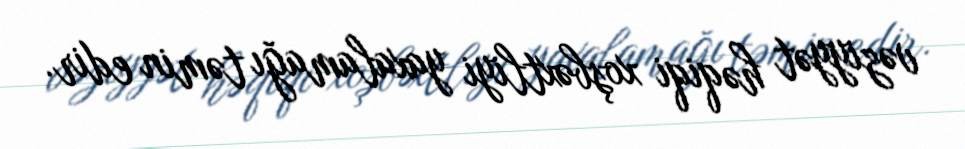
vəziyyət həqiqi xoşbəxtliyi yaxalamağı təmin edir.